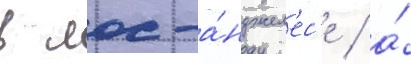
в лос-а́нджел'ес'е / а́